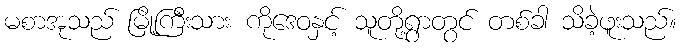
မစာအုသည် မြို့ကြီးသား ကိုဒေဝနှင့် သူတို့ရွာတွင် တစ်ခါ သိခဲ့ဖူးသည်။